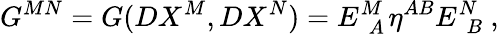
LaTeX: G^{MN}=G(DX^{M},DX^{N})=E_{~~A}^{M~}\eta^{AB}E_{~~B}^{N}~,